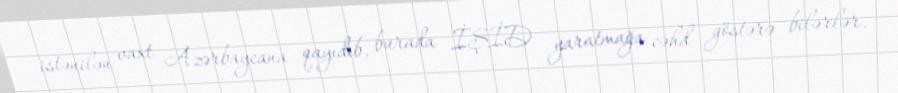
istənilən vaxt Azərbaycana qayıdıb, burada İŞİD yaratmağa cəhd göstərə bilərlər.